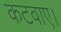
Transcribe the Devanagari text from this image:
कटवाए।